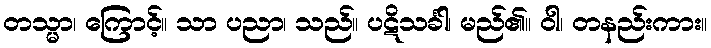
တသ္မာ၊ ကြောင့်။ သာ ပညာ၊ သည်။ ပဋိသင်္ခါ၊ မည်၏။ ဝါ၊ တနည်းကား။